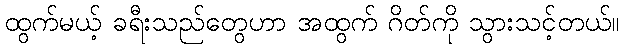
ထွက်မယ့် ခရီးသည်တွေဟာ အထွက် ဂိတ်ကို သွားသင့်တယ်။